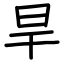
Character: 旱